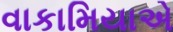
વાકામિયાએ